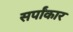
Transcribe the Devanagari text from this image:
सर्पांकार